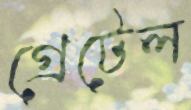
গ্রেটেল